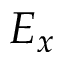
E _ { x }